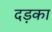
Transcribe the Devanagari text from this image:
दड़का